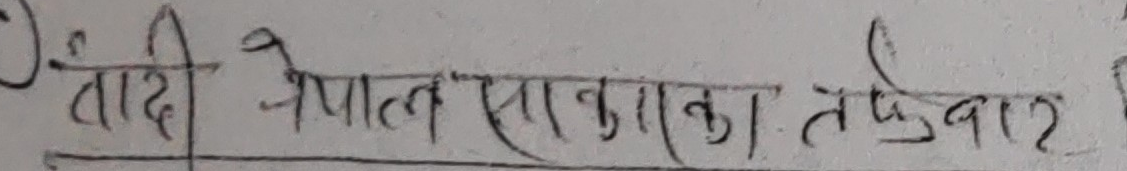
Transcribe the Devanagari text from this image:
तादी नेपाल सरकारका तर्फवाट